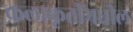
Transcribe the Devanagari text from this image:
कलाकृतींमधील